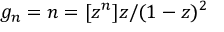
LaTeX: g _ { n } = n = [ z ^ { n } ] z / ( 1 - z ) ^ { 2 }